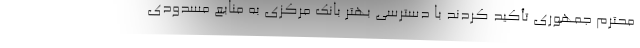
محترم جمهوری تأکید کردند با دسترسی بهتر بانک مرکزی به منابع مسدودی